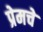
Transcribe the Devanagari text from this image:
प्रेमचे